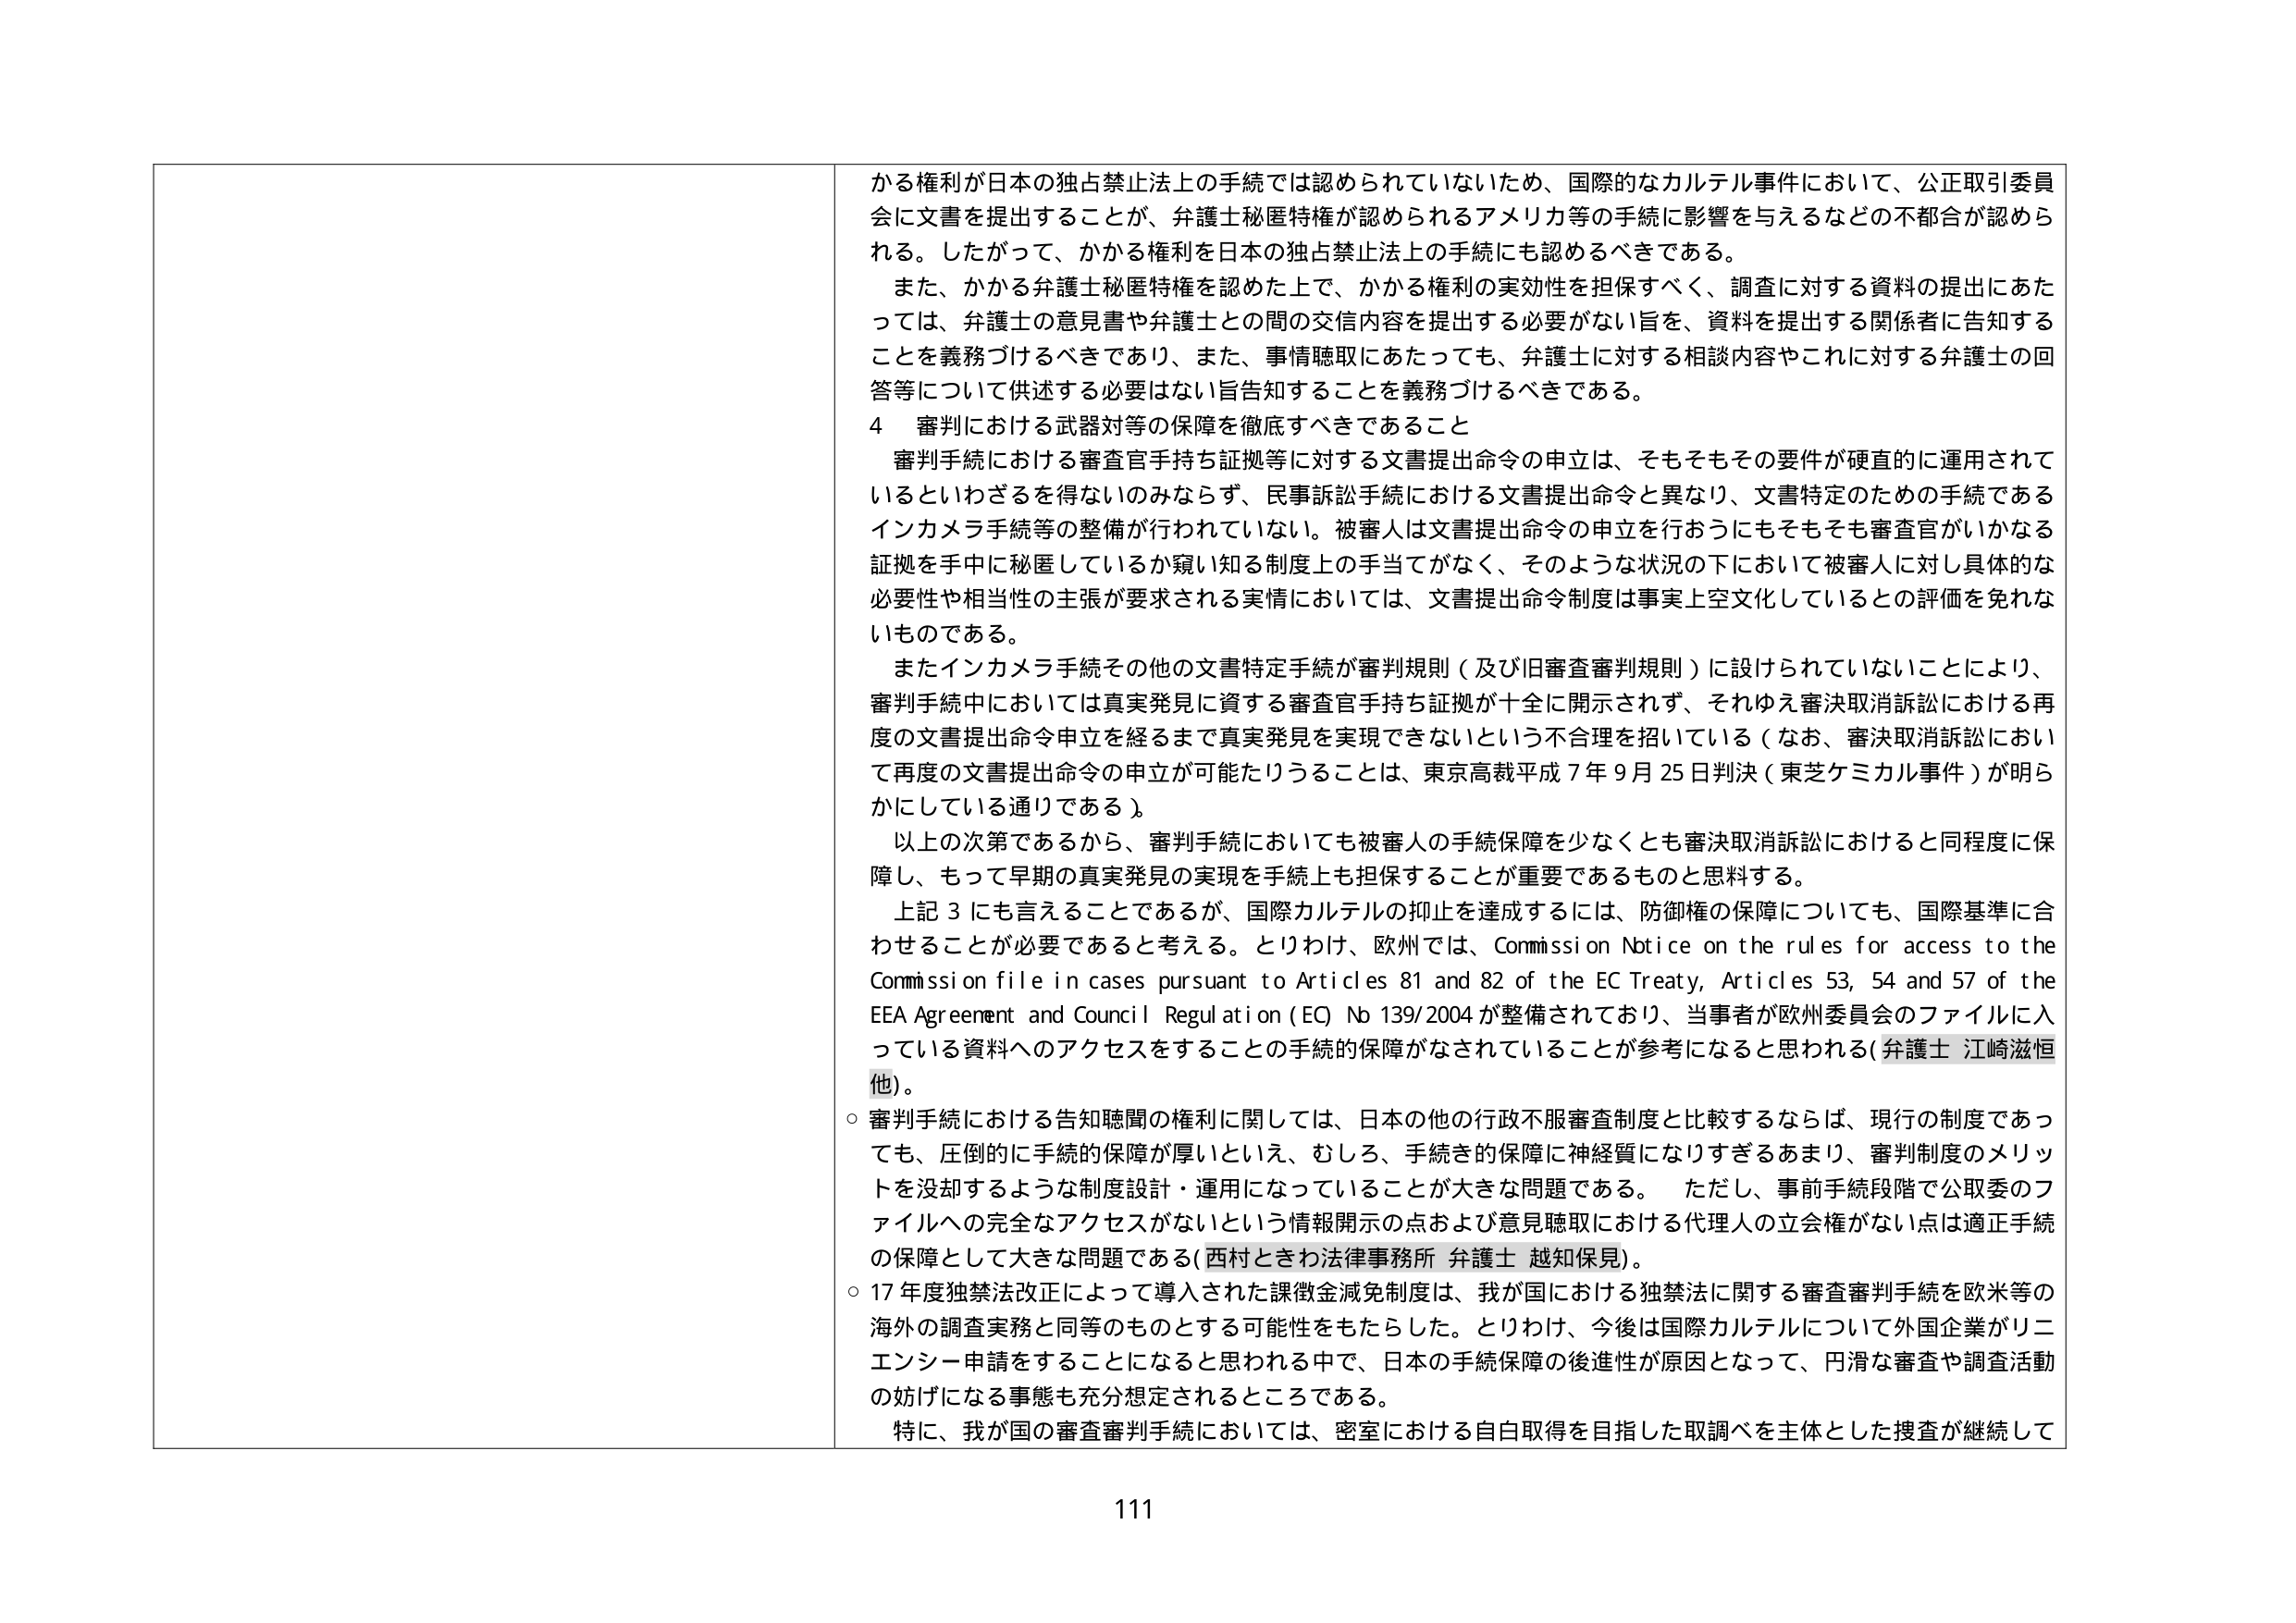
かる権利が日本の独占禁止法上の手続では認められていないため、国際的なカルテル事件において、公正取引委員会に文書を提出することが、弁護士秘匿特権が認められるアメリカ等の手続に影響を与えるなどの不都合が認められる。したがって、かかる権利を日本の独占禁止法上の手続にも認めるべきである。

また、かかる弁護士秘匿特権を認めた上で、かかる権利の実効性を担保すべく、調査に対する資料の提出にあたっては、弁護士の意見書や弁護士との間の交信内容を提出する必要がない旨を、資料を提出する関係者に告知することを義務づけるべきであり、また、事情聴取にあたっても、弁護士に対する相談内容やこれに対する弁護士の回答等について供述する必要はない旨告知することを義務づけるべきである。

4 審判における武器対等の保障を徹底すべきであること

審判手続における審査官手持ち証拠等に対する文書提出命令の申立は、そもそもその要件が硬直的に運用されているといわざるを得ないのみならず、民事訴訟手続における文書提出命令と異なり、文書特定のための手続であるインカメラ手続等の整備が行われていない。被審人は文書提出命令の申立を行おうにもそもそも審査官がいかなる証拠を手中に秘匿しているか窺い知る制度上の手当てがなく、そのような状況の下において被審人に対し具体的な必要性や相当性の主張が要求される実情においては、文書提出命令制度は事実上空文化しているとの評価を免れないものである。

またインカメラ手続その他の文書特定手続が審判規則（及び旧審査審判規則）に設けられていないことにより、審判手続中においては真実発見に資する審査官手持ち証拠が十全に開示されず、それゆえ審決取消訴訟における再度の文書提出命令申立を経るまで真実発見を実現できないという不合理を招いている（なお、審決取消訴訟において再度の文書提出命令の申立が可能たりうることは、東京高裁平成７年９月25日判決（東芝ケミカル事件）が明らかにしている通りである）。

以上の次第であるから、審判手続においても被審人の手続保障を少なくとも審決取消訴訟におけると同程度に保障し、もって早期の真実発見の実現を手続上も担保することが重要であるものと思料する。

上記3にも言えることであるが、国際カルテルの抑止を達成するには、防御権の保障についても、国際基準に合わせることが必要であると考える。とりわけ、欧州では、Commission Notice on the rules for access to the Commission file in cases pursuant to Articles 81 and 82 of the EC Treaty, Articles 53, 54 and 57 of the EEA Agreement and Council Regulation (EC) No 139/2004 が整備されており、当事者が欧州委員会のファイルに入っている資料へのアクセスをすることの手続的保障がなされていることが参考になると思われる（弁護士 江崎滋恒他）。

○ 審判手続における告知聴聞の権利に関しては、日本の他の行政不服審査制度と比較するならば、現行の制度であっても、圧倒的に手続的保障が厚いといえ、むしろ、手続き的保障に神経質になりすぎるあまり、審判制度のメリットを没却するような制度設計・運用になっていることが大きな問題である。ただし、事前手続段階で公取委のファイルへの完全なアクセスがないという情報開示の点および意見聴取における代理人の立会権がない点は適正手続の保障として大きな問題である（西村ときわ法律事務所 弁護士 越知保見）。

○ 17年度独禁法改正によって導入された課徴金減免制度は、我が国における独禁法に関する審査審判手続を欧米等の海外の調査実務と同等のものとする可能性をもたらした。とりわけ、今後は国際カルテルについて外国企業がリニエンシー申請をすることになると思われる中で、日本の手続保障の後進性が原因となって、円滑な審査や調査活動の妨げになる事態も充分想定されるところである。

特に、我が国の審査審判手続においては、密室における自白取得を目指した取調べを主体とした捜査が継続して

111